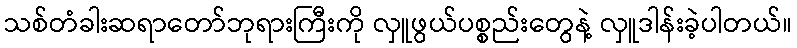
သစ်တံခါးဆရာတော်ဘုရားကြီးကို လှူဖွယ်ပစ္စည်းတွေနဲ့ လှူဒါန်းခဲ့ပါတယ်။